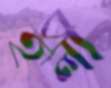
হলী